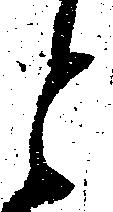
と